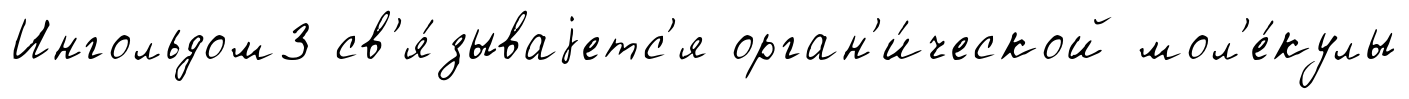
Ингольдом3 св'я́зываjетс'я орган'и́ческой мол'е́кулы